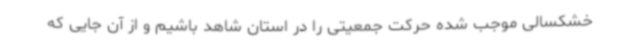
خشکسالی موجب شده حرکت جمعیتی را در استان شاهد باشیم و از آن جایی که